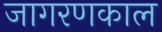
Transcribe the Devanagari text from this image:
जागरणकाल